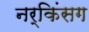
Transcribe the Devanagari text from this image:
नर्किंसग